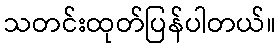
သတင်းထုတ်ပြန်ပါတယ်။